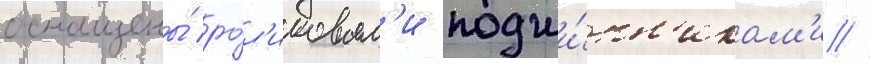
оснащены́ ро́л'иковым'и подши́пн'икам'и //